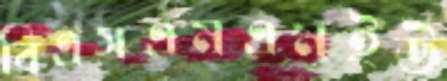
বিএসএমএমইউ